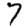
Digit: 7